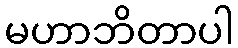
မဟာဘိတာပါ